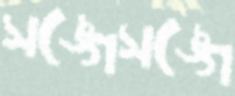
সঙ্গেসঙ্গে